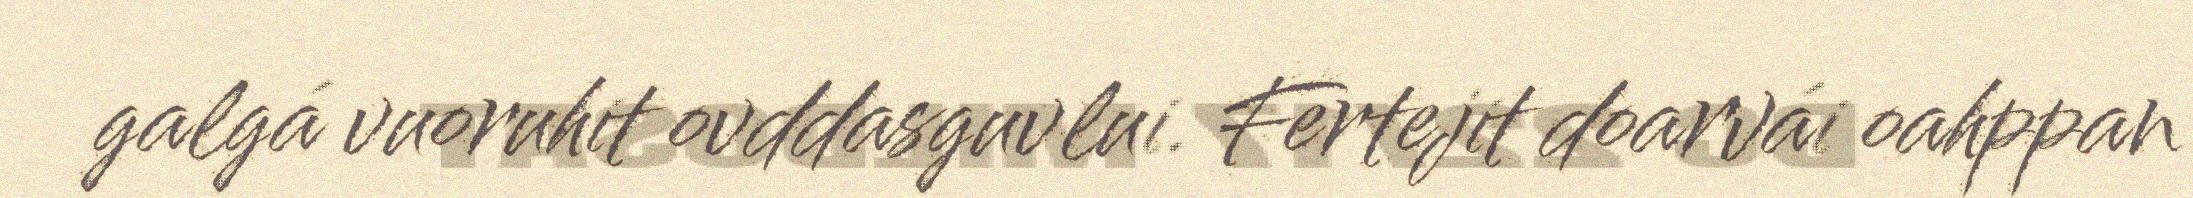
galgá vuoruhit ovddasguvlui. Fertejit doarvái oahppan